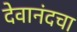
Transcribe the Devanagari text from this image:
देवानंदचा